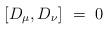
LaTeX: \begin{align*}[D_\mu,D_\nu]~=~0 \end{align*}